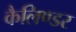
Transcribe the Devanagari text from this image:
कैलिण्डर